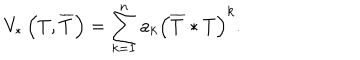
V _ { * } \left( T , \overline { { { T } } } \right) = \sum _ { k = 1 } ^ { n } a _ { k } \left( \overline { { { T } } } * T \right) ^ { k } .